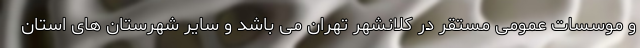
و موسسات عمومی مستقر در کلانشهر تهران می باشد و سایر شهرستان های استان